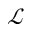
\mathcal { L }